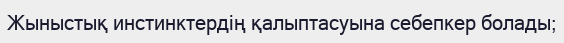
Жыныстық инстинктердің қалыптасуына себепкер болады;